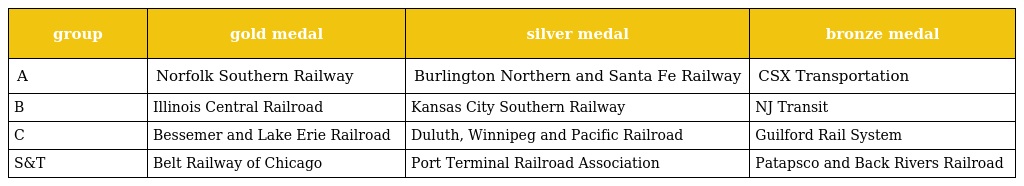
| group | gold medal | silver medal | bronze medal |
 | --- | --- | --- | --- |
 | A | Norfolk Southern Railway | Burlington Northern and Santa Fe Railway | CSX Transportation |
 | B | Illinois Central Railroad | Kansas City Southern Railway | NJ Transit |
 | C | Bessemer and Lake Erie Railroad | Duluth, Winnipeg and Pacific Railroad | Guilford Rail System |
 | S&T | Belt Railway of Chicago | Port Terminal Railroad Association | Patapsco and Back Rivers Railroad |